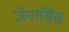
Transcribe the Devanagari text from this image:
जेनासिस